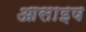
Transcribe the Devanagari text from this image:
आसाइष